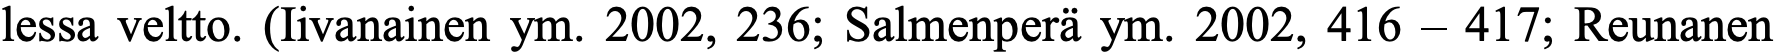
lessa veltto. (Iivanainen ym. 2002, 236; Salmenperä ym. 2002, 416 – 417; Reunanen